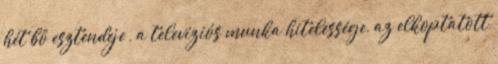
hét bő esztendeje”, a televíziós munka hitelessége, az elkoptatott